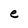
Character: e